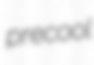
precool